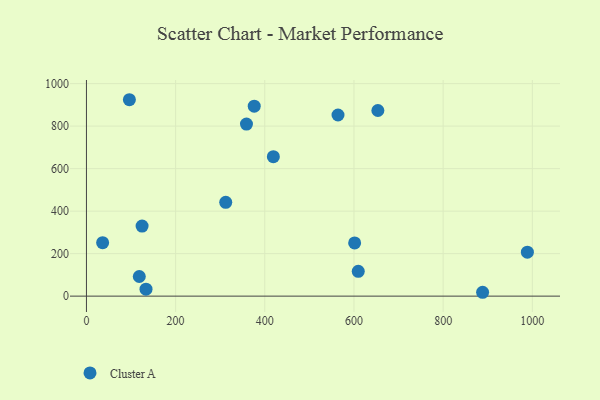
{"axis": {"x": "Speed", "y": "Sales"}, "legend": ["Cluster A"], "data": [{"x": "988.9", "y": 206.7, "type": "Cluster A"}, {"x": "36.3", "y": 251.6, "type": "Cluster A"}, {"x": "118.5", "y": 92.5, "type": "Cluster A"}, {"x": "133.6", "y": 32.7, "type": "Cluster A"}, {"x": "601.5", "y": 250.3, "type": "Cluster A"}, {"x": "312.4", "y": 441.3, "type": "Cluster A"}, {"x": "358.9", "y": 809.5, "type": "Cluster A"}, {"x": "96.3", "y": 924.2, "type": "Cluster A"}, {"x": "653.6", "y": 873.4, "type": "Cluster A"}, {"x": "376.3", "y": 893.9, "type": "Cluster A"}, {"x": "419.2", "y": 656.4, "type": "Cluster A"}, {"x": "564.2", "y": 852.3, "type": "Cluster A"}, {"x": "609.6", "y": 116.7, "type": "Cluster A"}, {"x": "888.5", "y": 18.2, "type": "Cluster A"}, {"x": "124.8", "y": 329.8, "type": "Cluster A"}]}